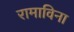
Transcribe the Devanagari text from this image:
रामाविना